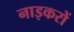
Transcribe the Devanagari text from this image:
नाइकरों